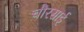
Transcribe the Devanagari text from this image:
चौरसाई